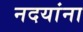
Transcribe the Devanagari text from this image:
नदयांना